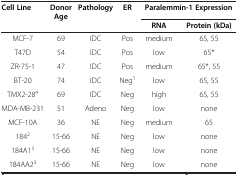
| Cell Line | Donor Age | Pathology | ER | <COLSPAN=2> Paralemmin-1 Expression |
 |  |  |  |  | RNA | Protein (kDa) |
 | --- | --- | --- | --- | --- | --- |
 | MCF-7 | 69 | IDC | Pos | medium | 65, 55 |
 | T47D | 54 | IDC | Pos | low | 65* |
 | ZR-75-1 | 47 | IDC | Pos | medium | 65*, 55 |
 | BT-20 | 74 | IDC | Neg1 | low | 65, 55 |
 | TMX2-284 | 69 | IDC | Neg | high | 65, 55 |
 | MDA-MB-231 | 51 | Adeno | Neg | low | none |
 | MCF-10A | 36 | NE | Neg | medium | 65 |
 | 1842 | 15-66 | NE | Neg | low | none |
 | 184A13 | 15-66 | NE | Neg | low | none |
 | 184AA23 | 15-66 | NE | Neg | low | none |